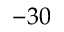
- 3 0